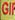
gi